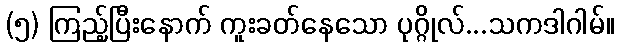
(၅) ကြည့်ပြီးနောက် ကူးခတ်နေသော ပုဂ္ဂိုလ်...သကဒါဂါမ်။